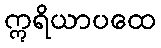
ဣရိယာပထေ